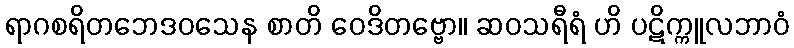
ရာဂစရိတဘေဒဝသေန စာတိ ဝေဒိတဗ္ဗော။ ဆဝသရီရံ ဟိ ပဋိက္ကူလဘာဝံ